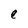
Character: e